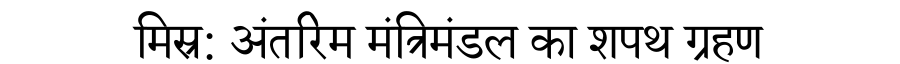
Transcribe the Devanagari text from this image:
मिस्र: अंतरिम मंत्रिमंडल का शपथ ग्रहण